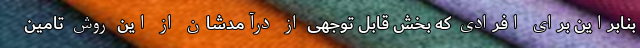
بنابراین برای افرادی که بخش قابل توجهی از درآمدشان از این روش تامین